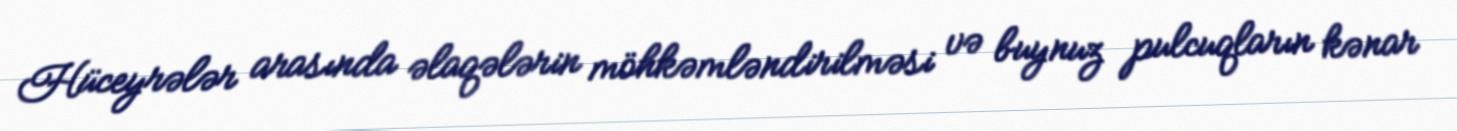
Hüceyrələr arasında əlaqələrin möhkəmləndirilməsi və buynuz pulcuqların kənar